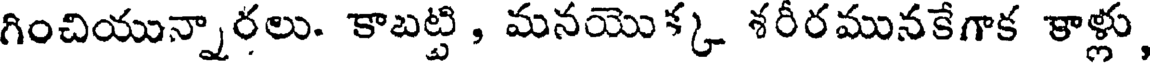
గించియున్నారలు. కాబట్టి , మనయొక్క శరీరమునకేగాక కాళ్లు,